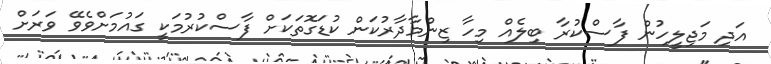
އަދި މަޖިލީހުން ފާސްކުރާ ބިލެއް މިހާ ޒިންމާދާރުކަން ކުޑަގޮތަކަށް ފާސްކުރުމަކީ ގައުމަށްވެވޭ ވަރަށް